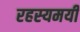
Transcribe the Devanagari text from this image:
रहस्‍यमयी